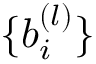
\{ b _ { i } ^ { ( l ) } \}